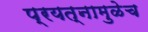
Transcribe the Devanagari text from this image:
प्रयत्नामुळेच